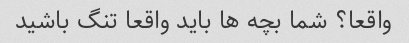
واقعا؟ شما بچه ها باید واقعا تنگ باشید